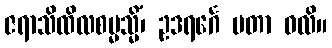
ဇရာသိထိလစမ္မသ္မိံ၊ ဥဒရင်္ဂေ မတာ ဝလိ။